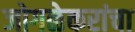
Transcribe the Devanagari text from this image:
जोगळेकरांचा